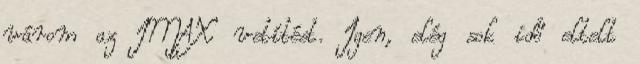
várom az IMAX vetítést. Igen, elég sok idő eltelt